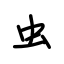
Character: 虫